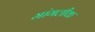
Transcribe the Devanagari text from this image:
मांगलीक